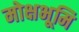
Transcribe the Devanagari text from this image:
मोक्षभूमि